Annual vaccination report of Bihar and Orissa - 1911-1928
Year: 1911
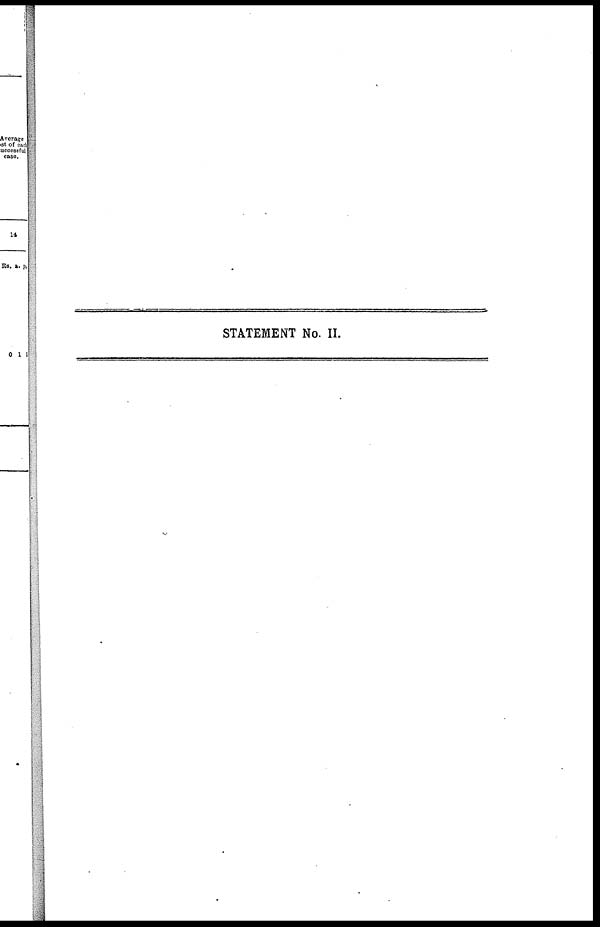
STATEMENT No. II.